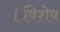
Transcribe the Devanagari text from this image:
।विशेष